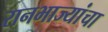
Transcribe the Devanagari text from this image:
रानभाज्यांचा